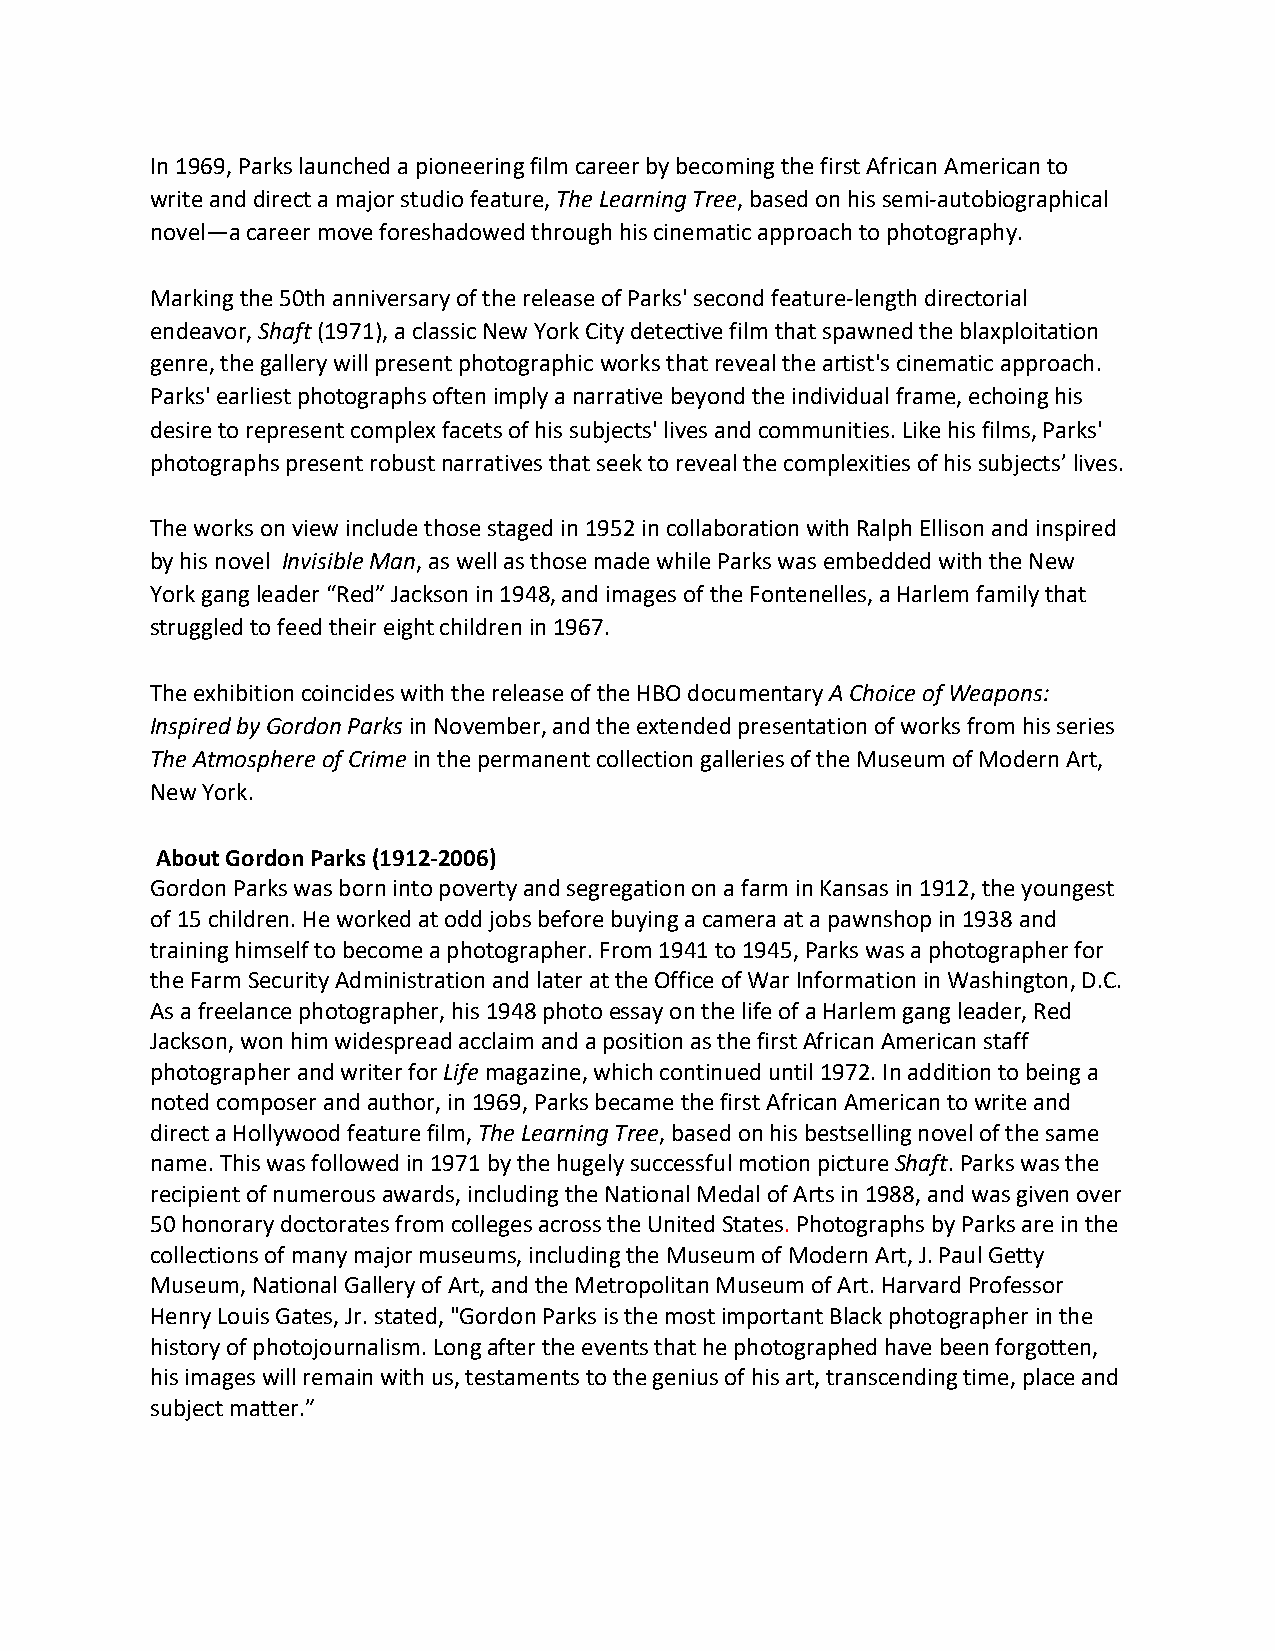
In 1969, Parks launched a pioneering film career by becoming the first African American to
 write and direct a major studio feature, The Learning Tree, based on his semi-autobiographical
 novel—a career move foreshadowed through his cinematic approach to photography.
 Marking the 50th anniversary of the release of Parks' second feature-length directorial
 endeavor, Shaft (1971), a classic New York City detective film that spawned the blaxploitation
 genre, the gallery will present photographic works that reveal the artist's cinematic approach.
 Parks' earliest photographs often imply a narrative beyond the individual frame, echoing his
 desire to represent complex facets of his subjects' lives and communities. Like his films, Parks'
 photographs present robust narratives that seek to reveal the complexities of his subjects’ lives.
 The works on view include those staged in 1952 in collaboration with Ralph Ellison and inspired
 by his novel Invisible Man, as well as those made while Parks was embedded with the New
 York gang leader “Red” Jackson in 1948, and images of the Fontenelles, a Harlem family that
 struggled to feed their eight children in 1967.
 The exhibition coincides with the release of the HBO documentary A Choice of Weapons:
 Inspired by Gordon Parks in November, and the extended presentation of works from his series
 The Atmosphere of Crime in the permanent collection galleries of the Museum of Modern Art,
 New York.
 About Gordon Parks (1912-2006)
 Gordon Parks was born into poverty and segregation on a farm in Kansas in 1912, the youngest
 of 15 children. He worked at odd jobs before buying a camera at a pawnshop in 1938 and
 training himself to become a photographer. From 1941 to 1945, Parks was a photographer for
 the Farm Security Administration and later at the Office of War Information in Washington, D.C.
 As a freelance photographer, his 1948 photo essay on the life of a Harlem gang leader, Red
 Jackson, won him widespread acclaim and a position as the first African American staff
 photographer and writer for Life magazine, which continued until 1972. In addition to being a
 noted composer and author, in 1969, Parks became the first African American to write and
 direct a Hollywood feature film, The Learning Tree, based on his bestselling novel of the same
 name. This was followed in 1971 by the hugely successful motion picture Shaft. Parks was the
 recipient of numerous awards, including the National Medal of Arts in 1988, and was given over
 50 honorary doctorates from colleges across the United States. Photographs by Parks are in the
 collections of many major museums, including the Museum of Modern Art, J. Paul Getty
 Museum, National Gallery of Art, and the Metropolitan Museum of Art. Harvard Professor
 Henry Louis Gates, Jr. stated, "Gordon Parks is the most important Black photographer in the
 history of photojournalism. Long after the events that he photographed have been forgotten,
 his images will remain with us, testaments to the genius of his art, transcending time, place and
 subject matter.”